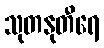
သုတနုတီရေ